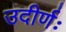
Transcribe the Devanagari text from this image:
उदीर्णः